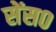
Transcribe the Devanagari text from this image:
सेंस०